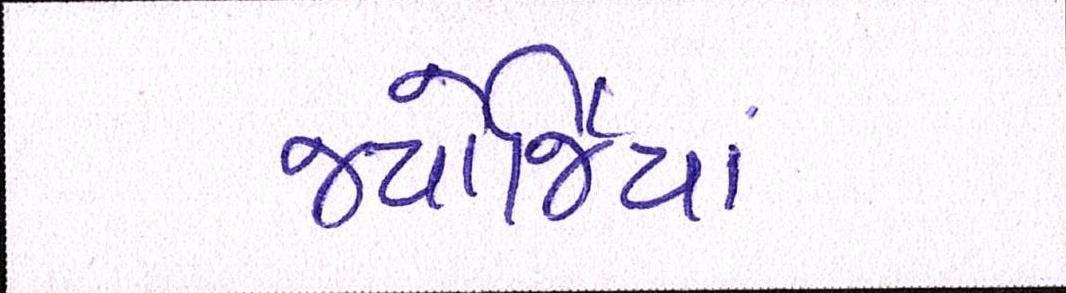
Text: જ્યોર્જિયાં